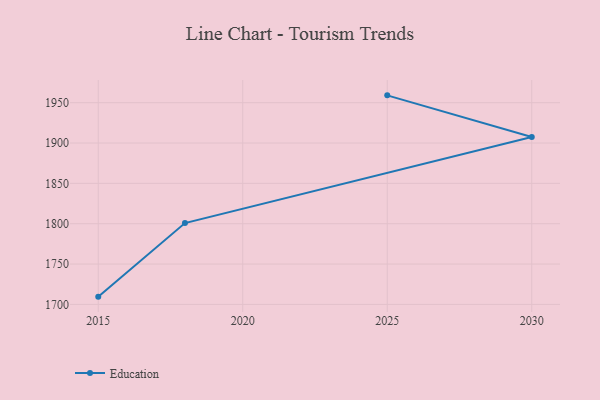
{"axis": {"x": "Year", "y": "Net Income (USD K)"}, "legend": ["Education"], "data": [{"x": "2015", "y": 1709.6, "type": "Education"}, {"x": "2018", "y": 1800.8, "type": "Education"}, {"x": "2030", "y": 1907.5, "type": "Education"}, {"x": "2025", "y": 1959.1, "type": "Education"}]}